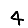
Digit: 4